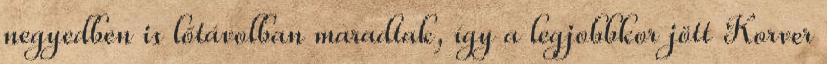
negyedben is lőtávolban maradtak, így a legjobbkor jött Korver